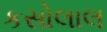
કસોલાલ